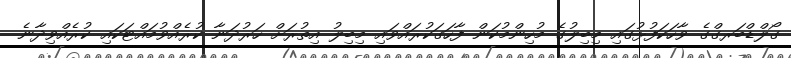
ގޯލްޑްބަރގްގެ ވާހަކަފުޅުގައި މިބިލުގެ މުހިންމުކަން ފާހަގަކުރައްވައި މިބިލު އިތުރަށް ހަރުދަނާ ކުރެއްވުމައްޓަކައި ކުރެއްވިދާނެ